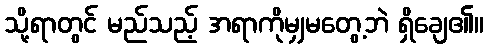
သို့ရာတွင် မည်သည့် အရာကိုမျှမတွေ့ဘဲ ရှိချေ၏။